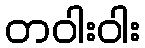
တဝါးဝါး